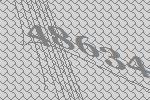
48634